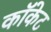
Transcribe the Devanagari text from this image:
कॉकेट